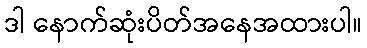
ဒါ နောက်ဆုံးပိတ်အနေအထားပါ။